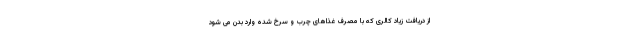
از دریافت زیاد کالری که با مصرف غذاهای چرب و سرخ شده وارد بدن می شود